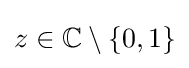
z\in \mathbb {C} \setminus \{0,1\}